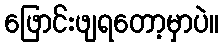
ဖြောင်းဖျရတော့မှာပဲ။